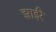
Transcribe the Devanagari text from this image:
झाईरे